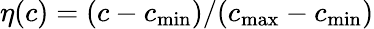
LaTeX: \eta(c)=(c-c_{\operatorname*{min}})/(c_{\operatorname*{max}}-c_{\operatorname*{min}})